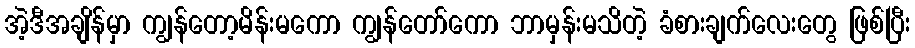
အဲ့ဒီအချိန်မှာ ကျွန်တော့မိန်းမကော ကျွန်တော်ကော ဘာမှန်းမသိတဲ့ ခံစားချက်လေးတွေ ဖြစ်ပြီး